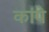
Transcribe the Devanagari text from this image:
कांपे